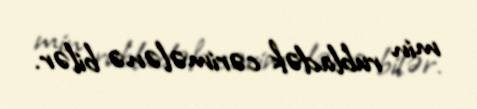
min rubladək cərimələnə bilər.